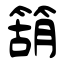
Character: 箶